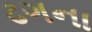
ઢગના